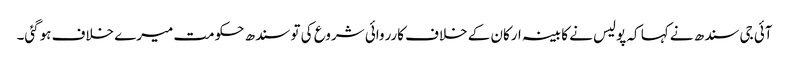
آئی جی سندھ نے کہا کہ پولیس نے کابینہ ارکان کے خلاف کارروائی شروع کی تو سندھ حکومت میرے خلاف ہوگئی۔